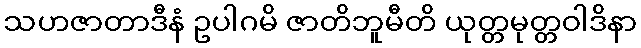
သဟဇာတာဒီနံ ဥပါဂမိ ဇာတိဘူမီတိ ယုတ္တမုတ္တဝါဒိနာ